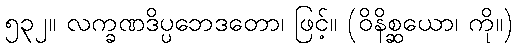
၅၃၂။ လက္ခဏဒိပ္ပဘေဒတော၊ ဖြင့်။ (ဝိနိစ္ဆယော၊ ကို။)